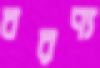
বরণ্য